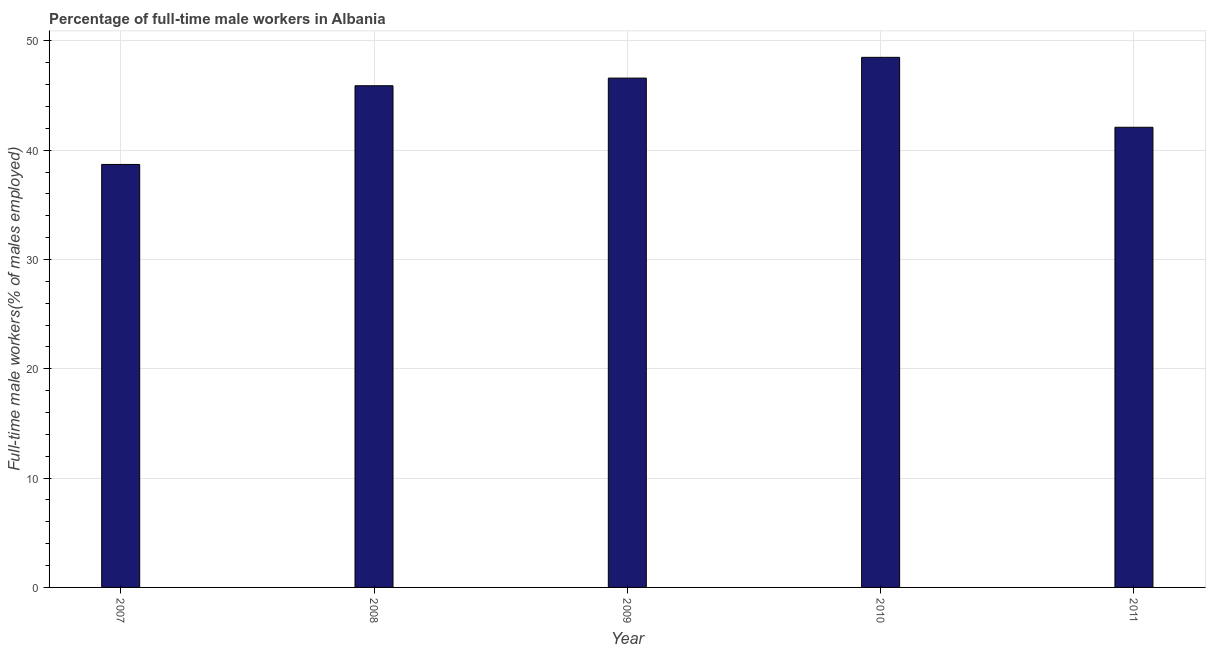
| Year | Wage and salary workers |
 | --- | --- |
 | 2007 | 38.7 |
 | 2008 | 45.9 |
 | 2009 | 46.6 |
 | 2010 | 48.5 |
 | 2011 | 42.1 |